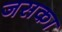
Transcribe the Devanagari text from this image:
जसका